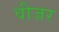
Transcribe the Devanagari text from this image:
वीजर